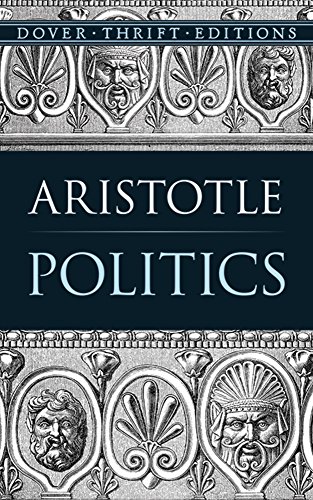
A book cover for Politics (Dover Thrift Editions); Aristotle; Literature & Fiction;